Civil Veterinary Dept. Bombay admin report 1923-31 - 1923-1931
Year: 1923
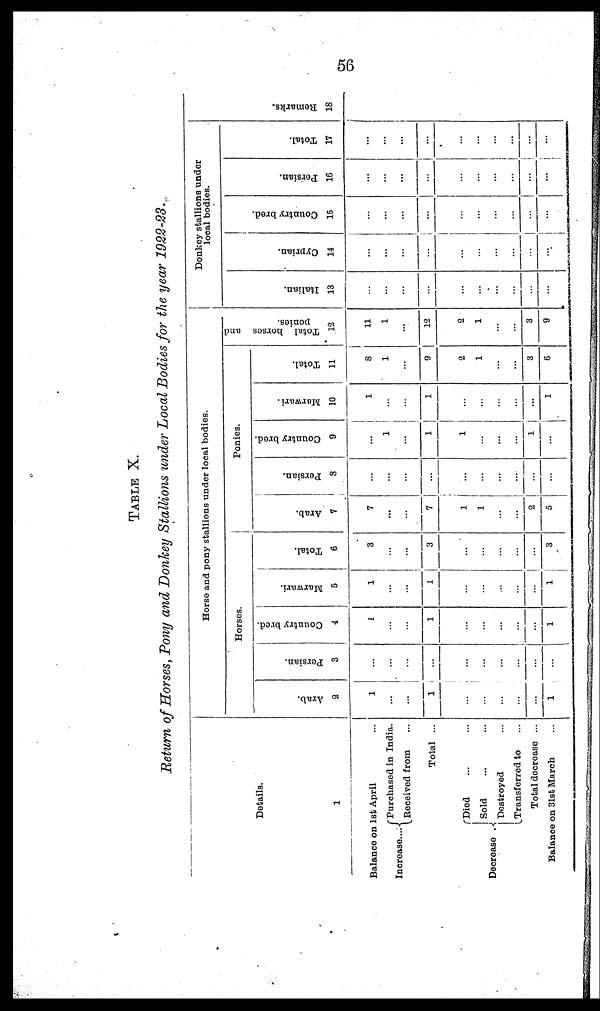
56
TABLE X.
Return of Horses, Pony and Donkey Stallions under Local Bodies for the year 1922-23.
Details.
1
Balance on 1st April
Increase ....
Purchased in India.
Received from ...
Total ...
Decrease ...
Died ... ...
Sold ... ...
Destroyed ...
Transferred to ...
Total decrease ...
Balance on 31st March ...
Horse and pony stallions under local bodies.
Horses.
Arab.
2
1
...
...
1
...
...
...
...
...
1
Persian.
3
....
...
...
...
...
...
...
...
...
...
Country bred.
4
1
...
...
1
...
...
...
...
...
1
Marwari.
5
1
...
...
1
...
...
...
...
...
1
Total.
6
3
...
...
3
...
...
...
...
...
3
Ponies.
Arab.
7
7
...
...
7
1
1
...
...
2
5
Persian.
8
...
...
...
...
...
...
...
...
...
...
Country bred.
9
...
1
...
1
1
...
...
...
1
...
Marwari.
10
1
...
...
1
...
...
...
...
...
1
Total.
11
8
1
...
9
2
1
...
...
3
6
Total horses and
ponies.
12
11
1
...
12
2
1
...
...
3
9
Donkey stallions under
local bodies.
Italian.
13
...
...
...
...
...
...
...
...
...
...
Cypr i
an.
14
...
...
...
...
...
...
...
...
....
...
Count r
y br ed.
15
...
...
...
...
...
...
...
...
...
...
Per s i
an.
16
...
...
...
...
...
...
...
...
...
...
Tot al .
17
...
...
... ...
...
...
...
...
...
...
...
Re ma r
ks .
18